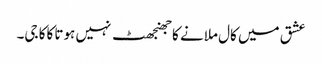
عشق میں کال ملانے کا جھنجھٹ نہیں ہوتا کاکا جی۔